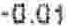
-0.01